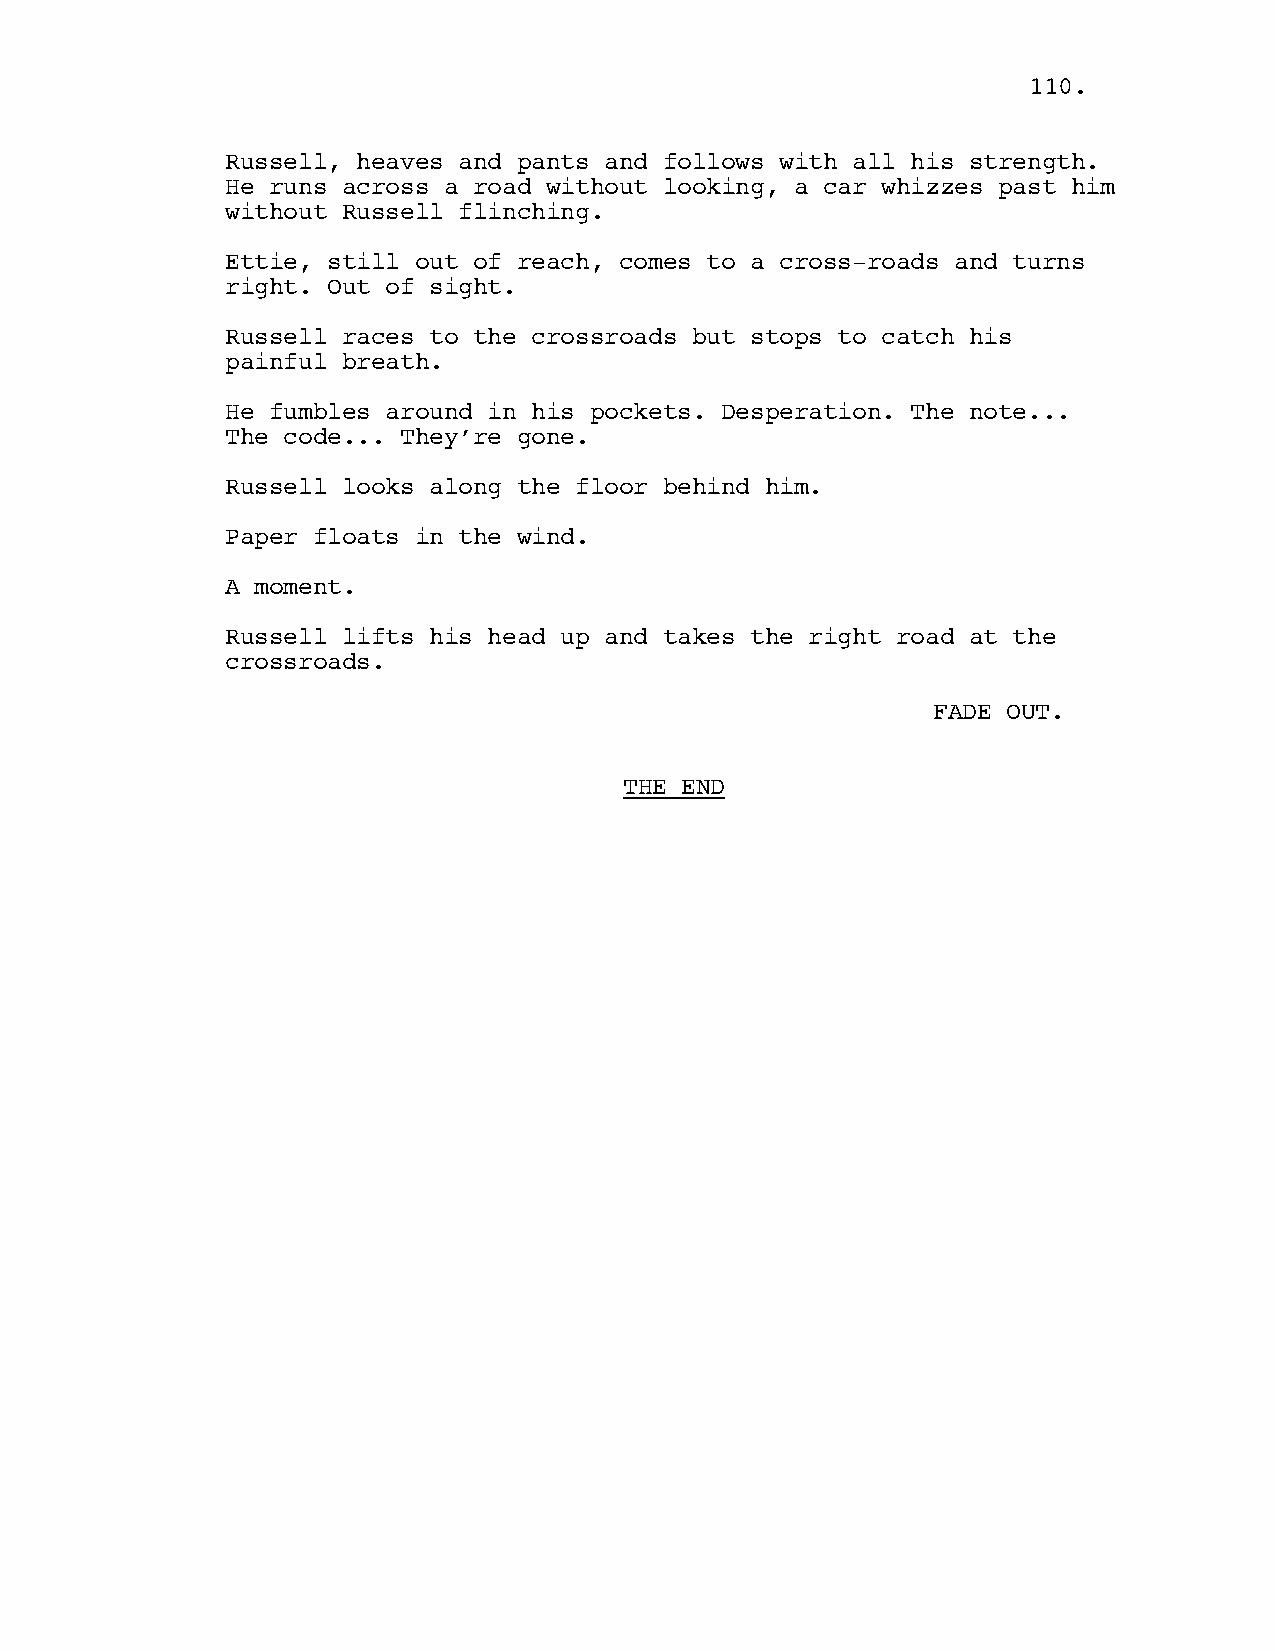
110.
 Russell, heaves and pants and follows with all his strength.
 He runs across a road without looking, a car whizzes past him
 without Russell flinching.
 Ettie, still out of reach, comes to a cross-roads and turns
 right. Out of sight.
 Russell races to the crossroads but stops to catch his
 painful breath.
 He fumbles around in his pockets. Desperation. The note...
 The code... They’re gone.
 Russell looks along the floor behind him.
 Paper floats in the wind.
 A moment.
 Russell lifts his head up and takes the right road at the
 crossroads.
 FADE OUT.
 THE END